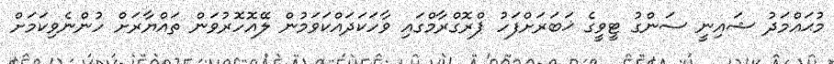
މުޙައްމަދު ޝައިނީ ސަންގު ޓީވީގެ ޚަބަރަށްފަހު ޕްރޮގްރާމްގައި ވާހަކަދައްކަވަމުން ލޭއޮހޮރުވަން ތައްޔާރަށް ހުންނެވިކަމަށް